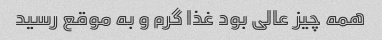
همه چیز عالی بود غذا گرم و به موقع رسید